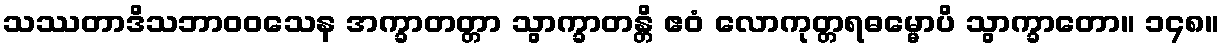
သဿတာဒိသဘာဝဝသေန အက္ခာတတ္တာ သွာက္ခာတန္တိ ဧဝံ လောကုတ္တရဓမ္မောပိ သွာက္ခာတော။ ၁၄၈။